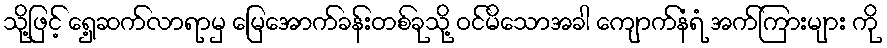
သို့ဖြင့် ရှေ့ဆက်လာရာမှ မြေအောက်ခန်းတစ်ခုသို့ ဝင်မိသောအခါ ကျောက်နံရံ အက်ကြားများ ကို